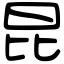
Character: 昆